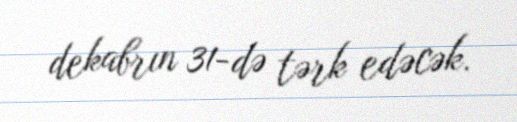
dekabrın 31-də tərk edəcək.